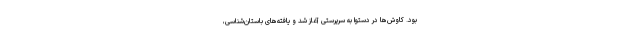
بود. کاوش‌‌ها در دستوا به سرپرستی آغاز شد و یافته‌‌های باستان‌شناسی،